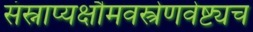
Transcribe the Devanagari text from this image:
संस्नाप्यक्षौमवस्त्रेणवेष्ट्यच